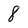
Character: 8